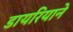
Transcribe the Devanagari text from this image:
डायरियाने